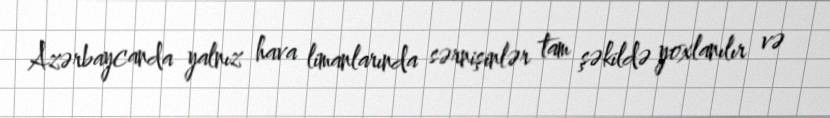
Azərbaycanda yalnız hava limanlarında sərnişinlər tam şəkildə yoxlanılır və